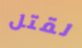
لقتل